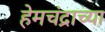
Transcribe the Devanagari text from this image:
हेमचंद्राच्या